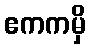
ဧကကမှိ